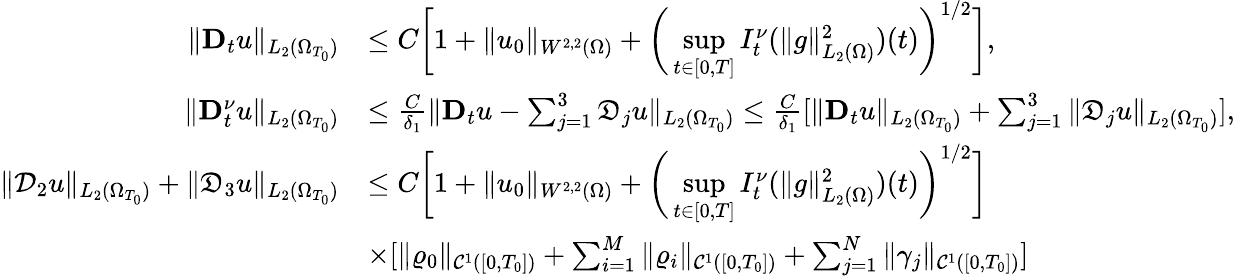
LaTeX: \begin{array}{rl}{\| \mathbf{D}_{t}u\| _{L_{2}(\Omega_{T_{0}})}}&{\leq C\bigg[1+\| u_{0}\| _{W^{2,2}(\Omega)}+\bigg(\underset{t\in[0,T]}{\operatorname*{sup}}I_{t}^{\nu}(\| g\| _{L_{2}(\Omega)}^{2})(t)\bigg)^{1/2}\bigg],}\\ {\| \mathbf{D}_{t}^{\nu}u\| _{L_{2}(\Omega_{T_{0}})}}&{\leq\frac{C}{\delta_{1}}\| \mathbf{D}_{t}u-\sum_{j=1}^{3}\mathfrak{D}_{j}u\| _{L_{2}(\Omega_{T_{0}})}\leq\frac{C}{\delta_{1}}[\| \mathbf{D}_{t}u\| _{L_{2}(\Omega_{T_{0}})}+\sum_{j=1}^{3}\| \mathfrak{D}_{j}u\| _{L_{2}(\Omega_{T_{0}})}],}\\ {\| \mathcal{D}_{2}u\| _{L_{2}(\Omega_{T_{0}})}+\| \mathfrak{D}_{3}u\| _{L_{2}(\Omega_{T_{0}})}}&{\leq C\bigg[1+\| u_{0}\| _{W^{2,2}(\Omega)}+\bigg(\underset{t\in[0,T]}{\operatorname*{sup}}I_{t}^{\nu}(\| g\| _{L_{2}(\Omega)}^{2})(t)\bigg)^{1/2}\bigg]}\\ &{\times[\| \varrho_{0}\| _{\mathcal{C}^{1}([0,T_{0}])}+\sum_{i=1}^{M}\| \varrho_{i}\| _{\mathcal{C}^{1}([0,T_{0}])}+\sum_{j=1}^{N}\| \gamma_{j}\| _{\mathcal{C}^{1}([0,T_{0}])}]}\end{array}